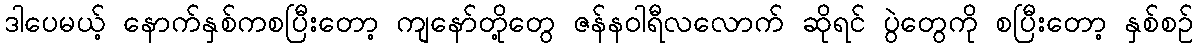
ဒါပေမယ့် နောက်နှစ်ကစပြီးတော့ ကျနော်တို့တွေ ဇန်နဝါရီလလောက် ဆိုရင် ပွဲတွေကို စပြီးတော့ နှစ်စဉ်